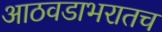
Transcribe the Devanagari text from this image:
आठवडाभरातच